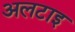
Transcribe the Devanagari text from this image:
अलटाइ